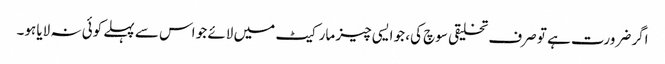
اگر ضرورت ہے تو صرف تخلیقی سوچ کی، جو ایسی چیز مارکیٹ میں لائے جو اس سے پہلے کوئی نہ لایا ہو۔